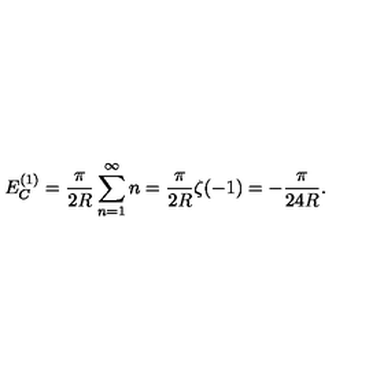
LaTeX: E _ { C } ^ { ( 1 ) } = \frac { \pi } { 2 R } \sum _ { n = 1 } ^ { \infty } n = \frac { \pi } { 2 R } \zeta ( - 1 ) = - \frac { \pi } { 2 4 R } .